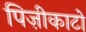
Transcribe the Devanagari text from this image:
पिज़ीकाटो